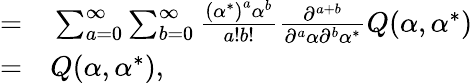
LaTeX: \begin{array}{rl}{=}&{{}\sum_{a=0}^{\infty}\sum_{b=0}^{\infty}\frac{\left({\alpha^{*}}\right)^{a}\alpha^{b}}{a!b!}\frac{\partial^{a+b}}{\partial^{a}\alpha\partial^{b}\alpha^{*}}Q(\alpha,\alpha^{*})}\\ {=}&{{}Q(\alpha,\alpha^{*}),}\end{array}